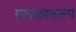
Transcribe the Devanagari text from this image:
ग्रामांतरकल्प